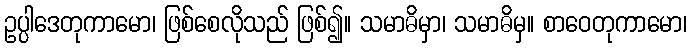
ဥပ္ပါဒေတုကာမော၊ ဖြစ်စေလိုသည် ဖြစ်၍။ သမာဓိမှာ၊ သမာဓိမှ။ စာဝေတုကာမော၊